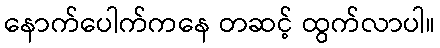
နောက်ပေါက်ကနေ တဆင့် ထွက်လာပါ။